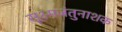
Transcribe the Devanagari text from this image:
सूक्ष्मजंतुनाशक